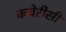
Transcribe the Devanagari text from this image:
कचेरीसी